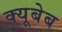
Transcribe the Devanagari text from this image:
क्यूबेब